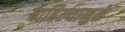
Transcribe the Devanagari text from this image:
वाहिल्यामुळे